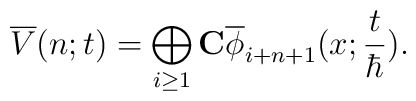
\overline{V}(n;t)= \bigoplus_{i\geq 1} \mbox{$\bf{C}$}\overline{\phi}_{i+n+1}(x;\frac{t}{\hbar}).